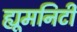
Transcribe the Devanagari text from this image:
ह्यूमनिटी